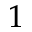
1